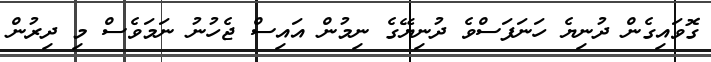
ގޮވައިގެން ދުނިޔެ ހަނަފަސްވެ ދުނިޔޭގެ ނިމުން އައިސް ޖެހުނު ނަމަވެސް މި ދިރުން